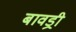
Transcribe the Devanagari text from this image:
बावड्री